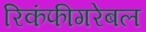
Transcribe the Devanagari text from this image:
रिकंफीगरेबल